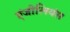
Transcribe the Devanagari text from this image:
एंजीलियंस